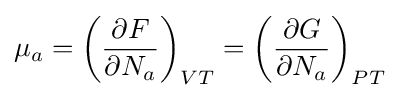
\mu _{a}=\left({\frac {\partial F}{\partial N_{a}}}\right)_{VT}=\left({\frac {\partial G}{\partial N_{a}}}\right)_{PT}